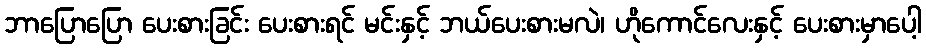
ဘာပြောပြော ပေးစားခြင်း ပေးစားရင် မင်းနှင့် ဘယ်ပေးစားမလဲ၊ ဟိုကောင်လေးနှင့် ပေးစားမှာပေါ့